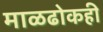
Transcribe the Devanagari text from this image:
माळढोकही